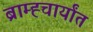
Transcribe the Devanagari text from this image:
ब्राम्ह्चार्यांत